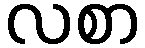
လစာ